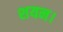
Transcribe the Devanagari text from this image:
शयन।